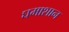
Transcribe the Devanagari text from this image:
घमाशान